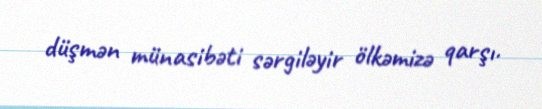
düşmən münasibəti sərgiləyir ölkəmizə qarşı.